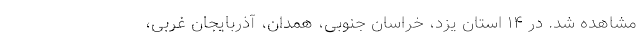
مشاهده شد. در ۱۴ استان یزد، خراسان جنوبی، همدان، آذربایجان غربی،